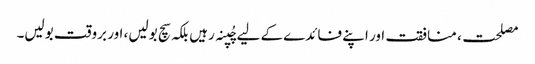
مصلحت، منافقت اور اپنے فائدے کے لیے چُپنہ رہیں بلکہ سچ بولیں، اور بروقت بولیں۔